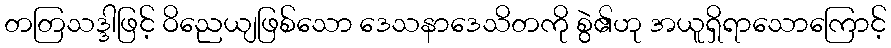
တတြသဒ္ဒါဖြင့် ဝိညေယျဖြစ်သော ဒေသနာဒေသိတကို စွဲ၏ဟု အယူရှိရာသောကြောင့်